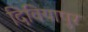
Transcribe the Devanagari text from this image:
दिवियापुर